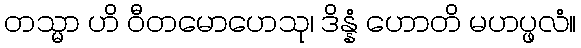
တသ္မာ ဟိ ဝီတမောဟေသု၊ ဒိန္နံ ဟောတိ မဟပ္ဖလံ။